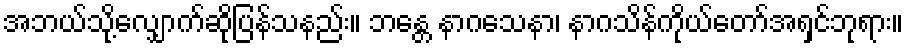
အဘယ်သို့လျှောက်ဆိုပြန်သနည်း။ ဘန္တေ နာဂသေနာ၊ နာဂသိန်ကိုယ်တော်အရှင်ဘုရား။